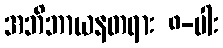
အဘိဘာယနတရား ၈-ပါး